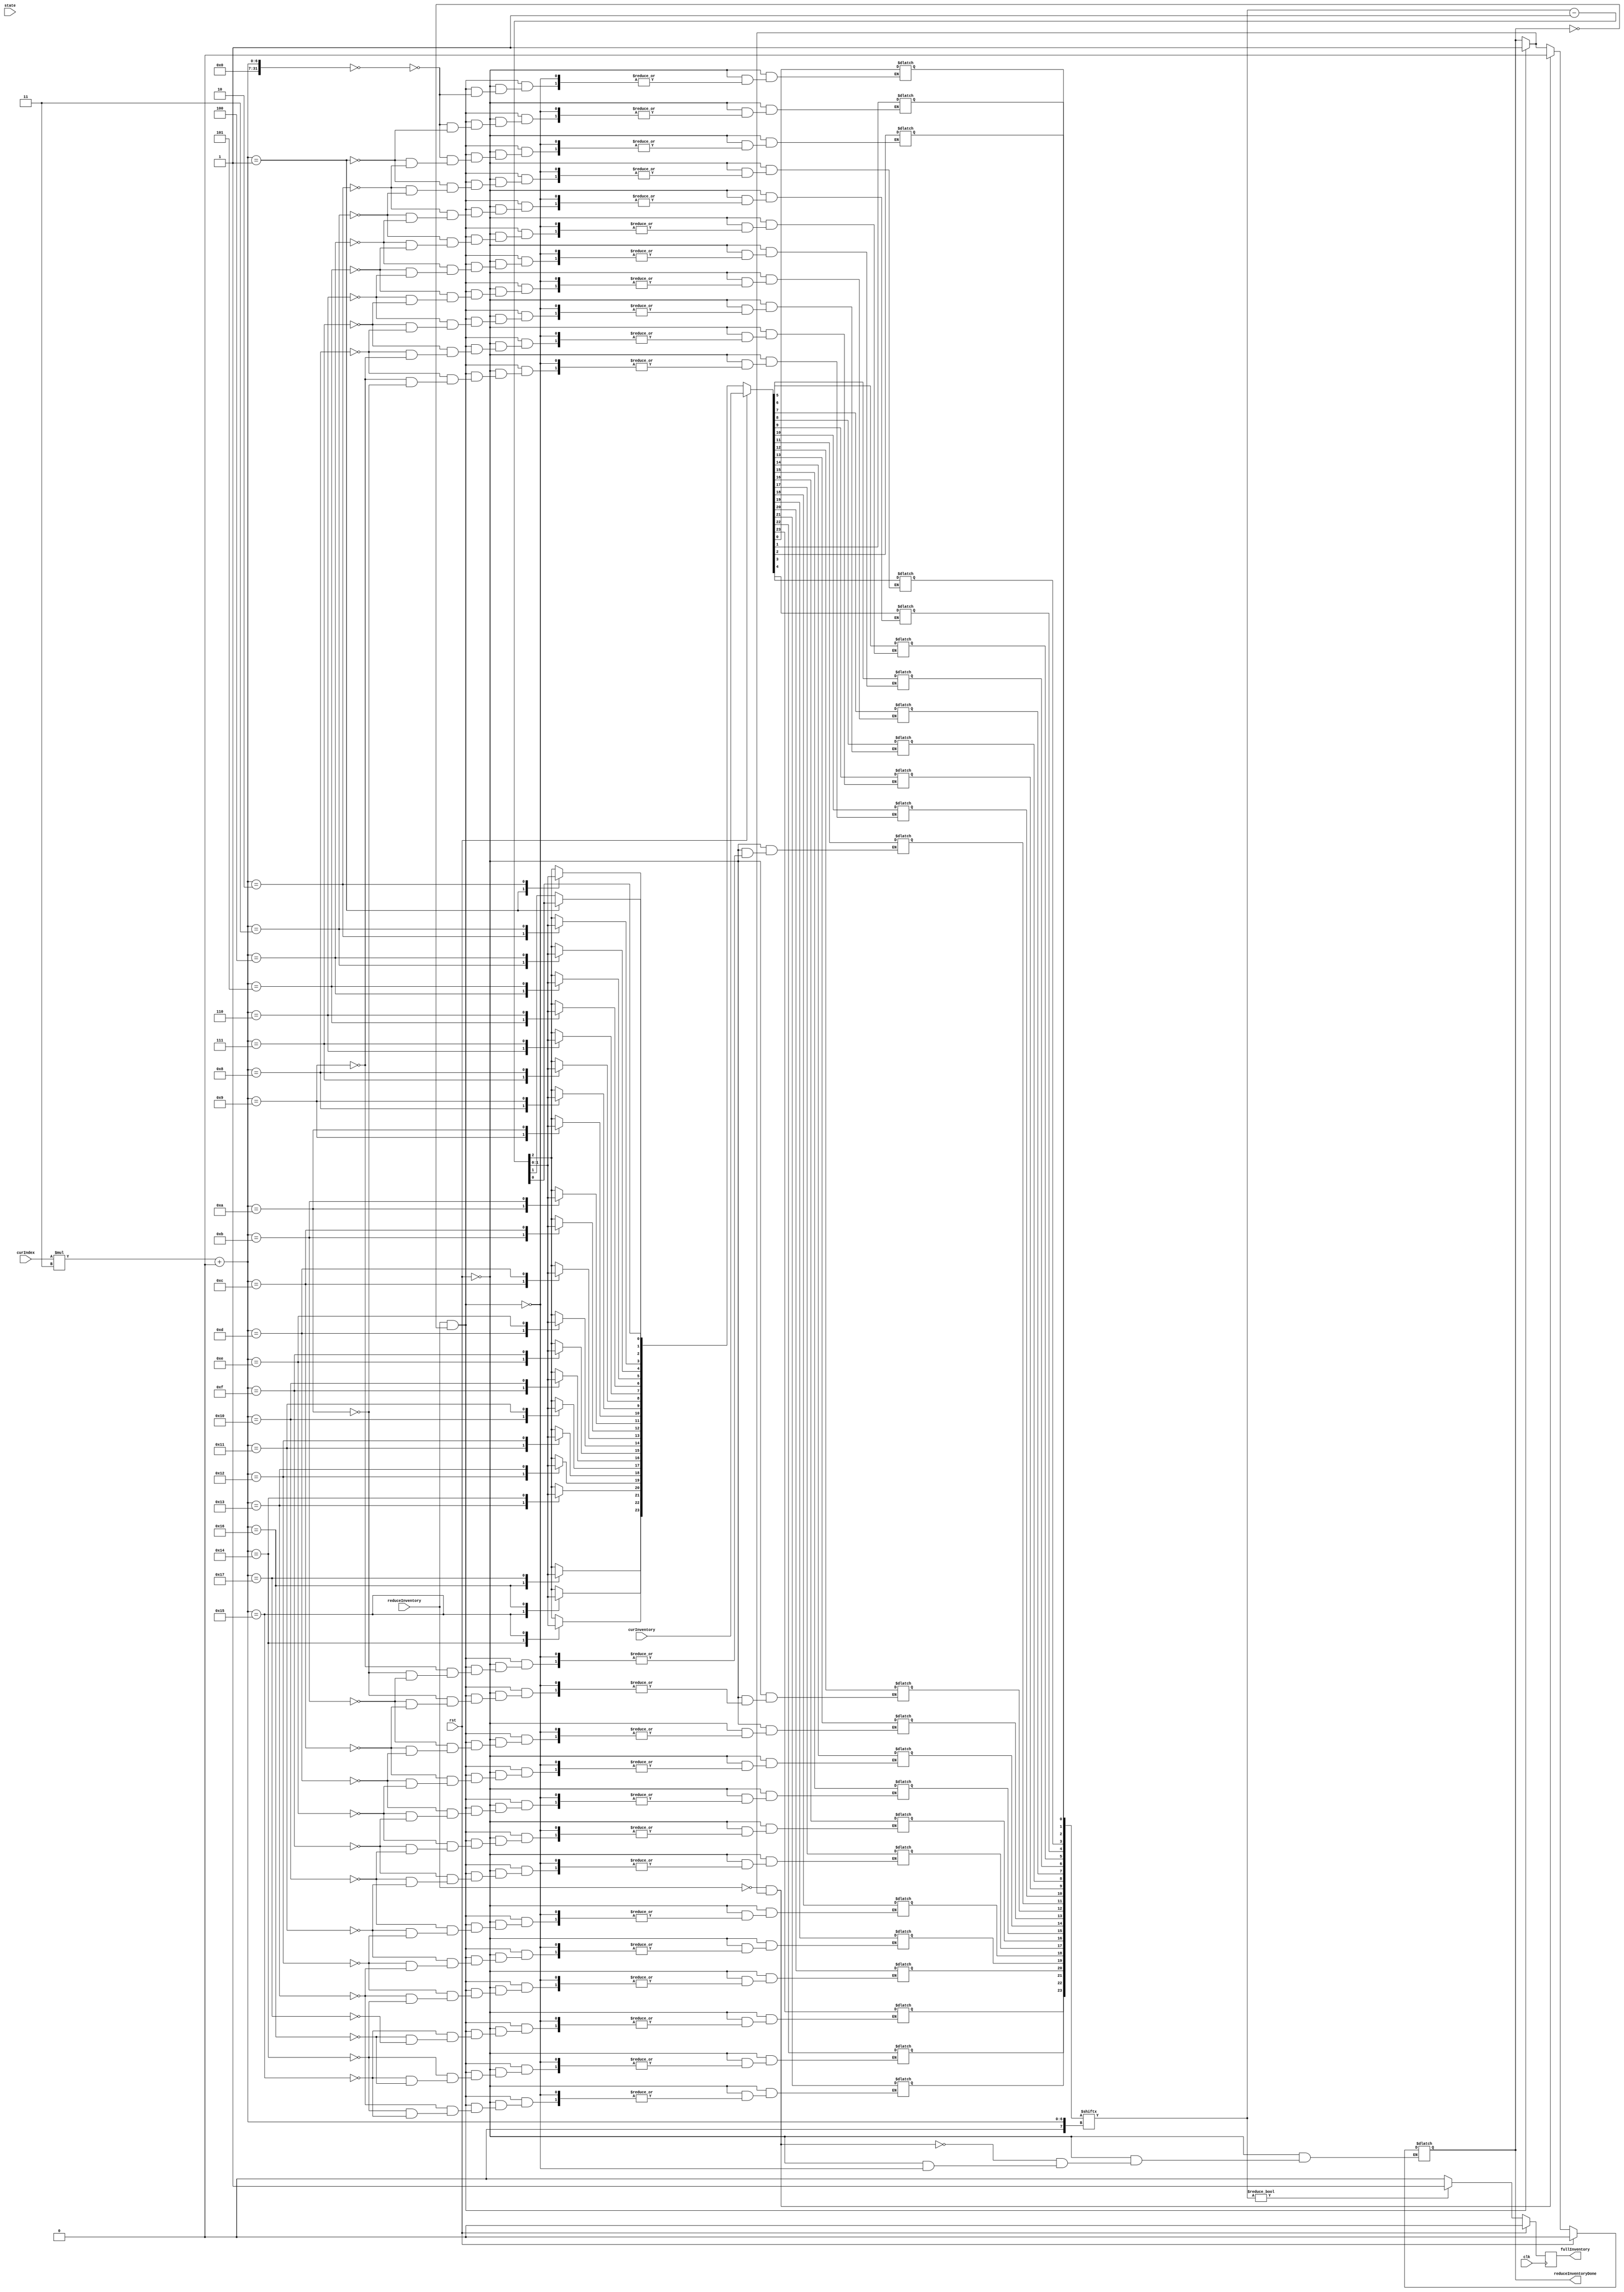
module monitorInventory(clk, rst, state, curInventory, curIndex, reduceInventory, reduceInventoryDone, fullInventory);

input clk;
input rst;
input [1:0] state;
input [23:0] curInventory;
input [3:0] curIndex; 
input reduceInventory;

output reg reduceInventoryDone;
output reg fullInventory; 

reg [23:0] newInventory;

// Sequential Logic
always @(posedge clk) begin
	
	if (rst) begin
		fullInventory <= 0;
	end else begin

		if (newInventory[curIndex*3+:3] != 0) begin
			fullInventory <= 1;
		end else begin
			fullInventory <= 0;
		end
	end
end

// Combinational Logic
always @(*) begin
	if (rst) begin
		newInventory = curInventory;
		reduceInventoryDone = 0;
	end else begin
		if (reduceInventory && ~reduceInventoryDone) begin
			newInventory[curIndex*3+:3] = newInventory[curIndex*3+:3] - 1;
			$display("monitorInventory: Product Dispensed!");
			$display("Current Inventory: %d", newInventory[curIndex*3+:3]);
			reduceInventoryDone = 1;
		end
		if (~reduceInventory && reduceInventoryDone) begin
			reduceInventoryDone = 0;
		end
	end
end
endmodule